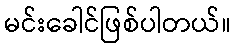
မင်းခေါင်ဖြစ်ပါတယ်။